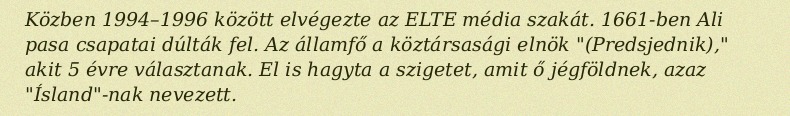
Közben 1994–1996 között elvégezte az ELTE média szakát. 1661-ben Ali pasa csapatai dúlták fel. Az államfő a köztársasági elnök "(Predsjednik)," akit 5 évre választanak. El is hagyta a szigetet, amit ő jégföldnek, azaz "Ísland"-nak nevezett.